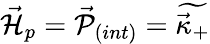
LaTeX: {\vec{{\cal H}}}_{p}={\vec{{\cal P}}}_{(int)}=\widetilde{\vec{\kappa}_{+}}